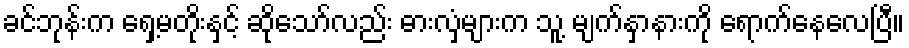
ခင်ဘုန်းက ရှေ့မတိုးနှင့် ဆိုသော်လည်း ဓားလှံများက သူ့ မျက်နှာနားကို ရောက်နေလေပြီ။